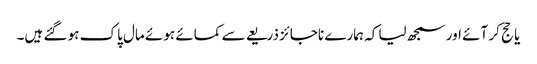
یا حج کر آئے اور سمجھ لیا کہ ہمارے ناجائز ذریعے سے کمائے ہوئے مال پاک ہو گئے ہیں۔